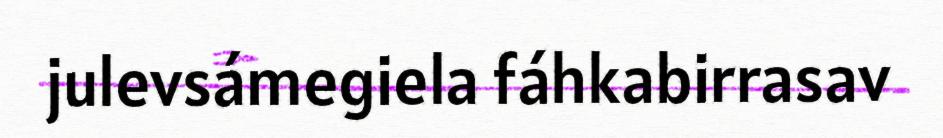
julevsámegiela fáhkabirrasav